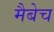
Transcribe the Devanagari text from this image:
मैबेच